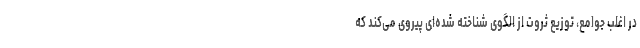
در اغلب جوامع، توزیع ثروت از الگوی شناخته‌ شده‌ای پیروی می‌کند که